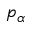
p _ { \alpha }